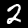
Digit: 2